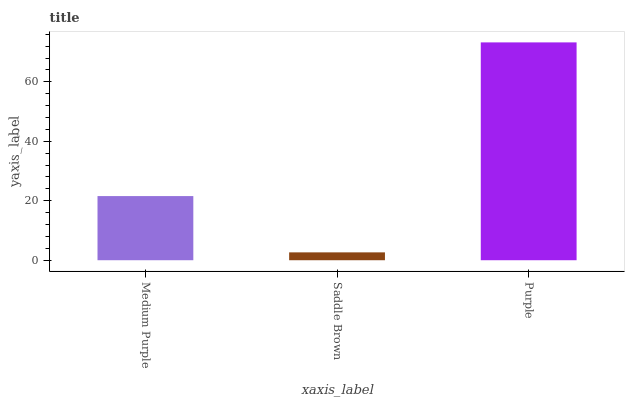
| xaxis_label | bars |
 | --- | --- |
 | Medium Purple | 21.6 |
 | Saddle Brown | 2.65 |
 | Purple | 73.3 |